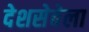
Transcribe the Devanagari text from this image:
देशसेवेला